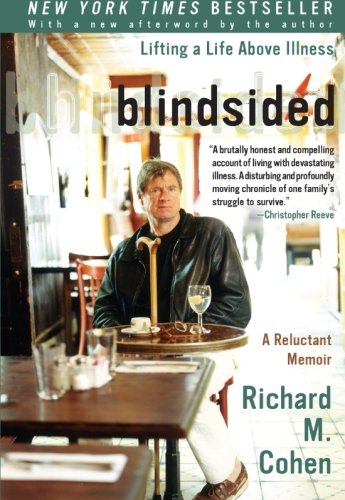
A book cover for Blindsided: Lifting a Life Above Illness: A Reluctant Memoir; Richard M. Cohen; Health, Fitness & Dieting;